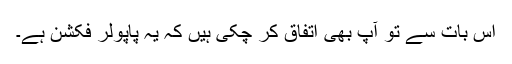
اس بات سے تو آپ بھی اتفاق کر چکی ہیں کہ یہ پاپولر فکشن ہے۔